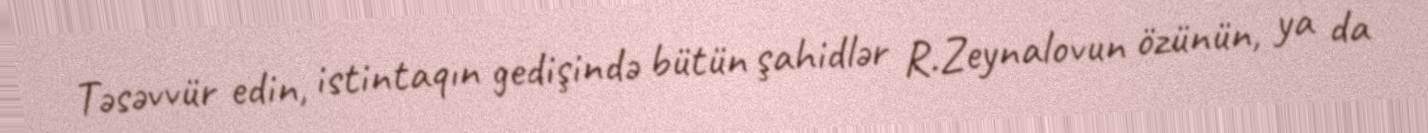
Təsəvvür edin, istintaqın gedişində bütün şahidlər R.Zeynalovun özünün, ya da